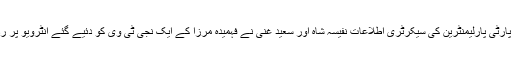
ان خیالات کا اظہار پاکستان پیپلز پارٹی پارلیمنٹرین کی سیکرٹری اطلاعات نفیسہ شاہ اور سعید غنی نے فہمیدہ مرزا کے ایک نجی ٹی وی کو دئیے گئے انٹرویو پر رد عمل کا اظہار کرتے ہوئے کیا ۔